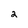
Character: 2